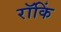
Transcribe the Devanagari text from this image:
रॉकिं